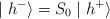
LaTeX: \begin{align*}\mid h^{-}\rangle =S_0\mid h^{+}\rangle \end{align*}